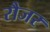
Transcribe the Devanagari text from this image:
रौजर